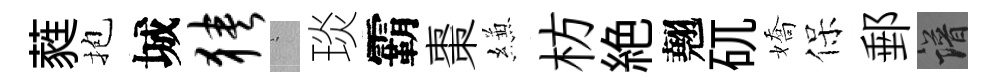
蕤抱城狭搖琰霸棗縑枋絶翹矹嬌保郵譜